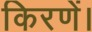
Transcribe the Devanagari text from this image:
किरणें।